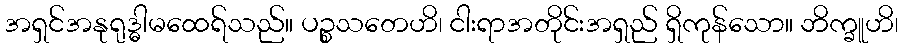
အရှင်အနုရုဒ္ဓါမထေရ်သည်။ ပဉ္စသတေဟိ၊ ငါးရာအတိုင်းအရှည် ရှိကုန်သော။ ဘိက္ခူဟိ၊